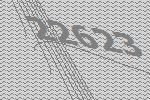
22623